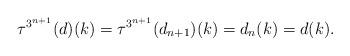
LaTeX: \begin{align*} \tau^{3^{n+1}}(d)(k) = \tau^{3^{n+1}}(d_{n+1})(k) = d_n(k) =d(k). \end{align*}